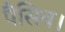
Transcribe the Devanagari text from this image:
पैसिव।